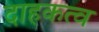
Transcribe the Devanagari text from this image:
दाहकत्व